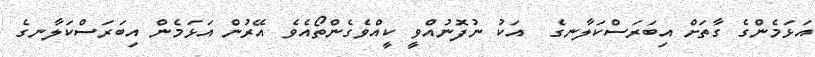
އަޅަމެންގެ ގާތަށް އިބަރަސްކަލާނގެ  އަކު ނުފޮނުއްވީ ކީއްވެގެންތޯއެވެ އޭރުން އަޅަމެން އިބަރަސްކަލާނގެ